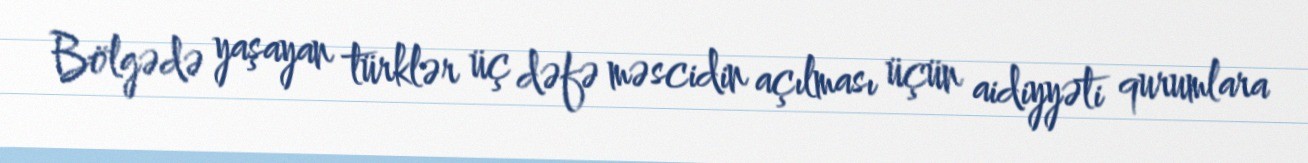
Bölgədə yaşayan türklər üç dəfə məscidin açılması üçün aidiyyəti qurumlara